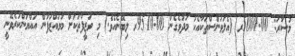
މުސާރަ: 5000.00ރ (އެލަވަންސްތަކާއެކު މަދުވެގެން 9510.00ރ ލިބޭނެއެވެ.) މި ވަޒީފާތަކަށް މުވައްޒަފުން އައްޔަންކުރެވޭނީ